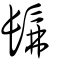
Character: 髴